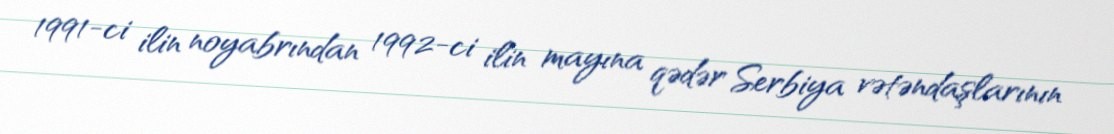
1991-ci ilin noyabrından 1992-ci ilin mayına qədər Serbiya vətəndaşlarının